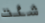
شئت